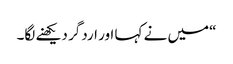
“میں نے کہا اور اردگر دیکھنے لگا۔